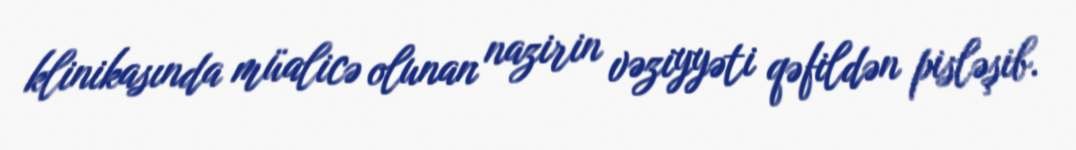
klinikasında müalicə olunan nazirin vəziyyəti qəfildən pisləşib.